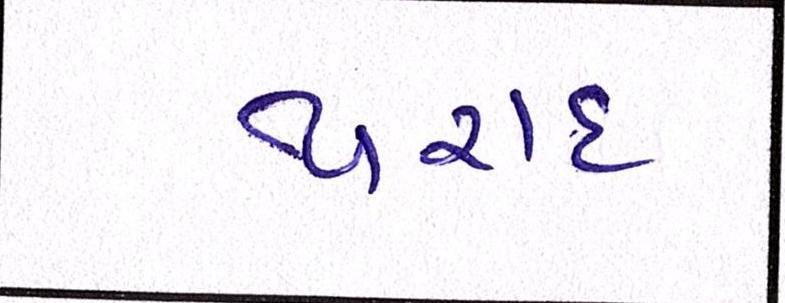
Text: થરાદ